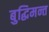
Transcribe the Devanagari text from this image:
बुद्धिमन्त